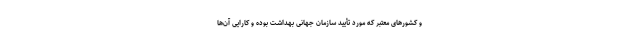
و کشورهای معتبر که مورد تأیید سازمان جهانی بهداشت بوده و کارایی آن‌ها